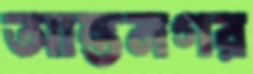
আন্তনগর